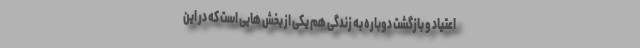
اعتیاد و بازگشت دوباره به زندگی هم یکی از بخش‌ هایی است که در این